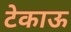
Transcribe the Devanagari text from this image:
टेकाऊ